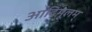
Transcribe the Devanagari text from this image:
आदिमूलम्